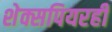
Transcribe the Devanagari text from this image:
शेक्सपियरही